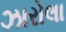
ઝારોલા